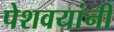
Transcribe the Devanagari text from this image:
पेशवयांनी